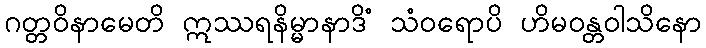
ဂတ္တဝိနာမေတိ ဣဿရနိမ္မာနာဒိံ သံဝရောပိ ဟိမဝန္တဝါသိနော